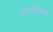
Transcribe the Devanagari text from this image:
अनऐच्छिक